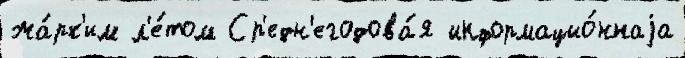
жа́рк'им л'е́том Ср'едн'егодова́я информацио́ннаjа